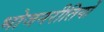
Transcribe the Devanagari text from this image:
भोजनरीतियों